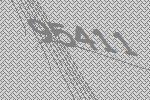
95411